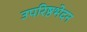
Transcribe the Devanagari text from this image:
उपरिष्ठभेदन